Annual report of the Punjab Veterinary College and of the Civil Veterinary Department, Punjab - 1909-1919
Year: 1909
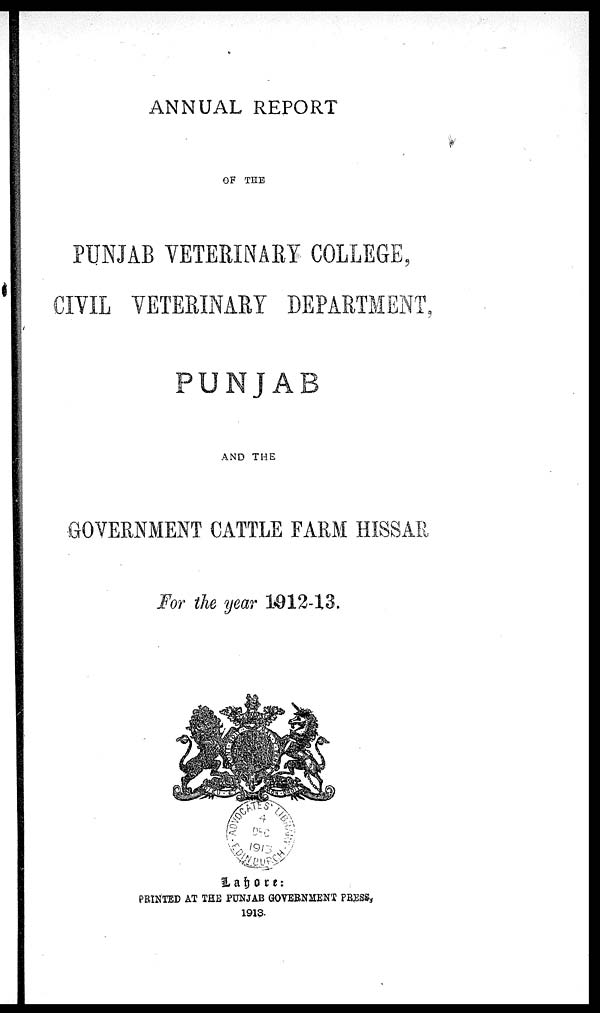
ANNUAL REPORT
OF THE
PUNJAB VETERINARY COLLEGE,
CIVIL VETERINARY DEPARTMENT,
PUNJAB
AND THE
GOVERNMENT CATTLE FARM HISSAR
For the year 1912-13.
Lahore:
PRINTED AT THE PUNJAB GOVERNMENT PRESS,
1913.